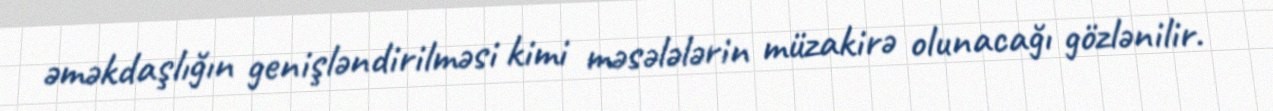
əməkdaşlığın genişləndirilməsi kimi məsələlərin müzakirə olunacağı gözlənilir.